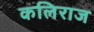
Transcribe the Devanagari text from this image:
कलिराज